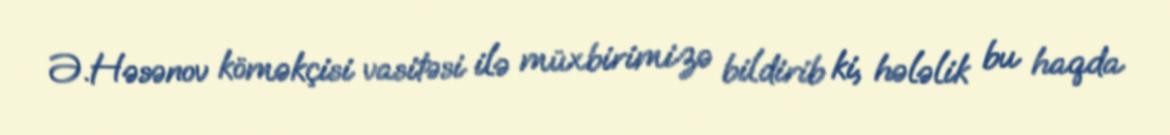
Ə.Həsənov köməkçisi vasitəsi ilə müxbirimizə bildirib ki, hələlik bu haqda